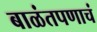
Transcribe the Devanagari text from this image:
बाळंतपणाचं